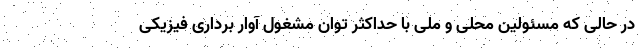
در حالی که مسئولین محلی و ملی با حداکثر توان مشغول آوار برداری فیزیکی